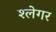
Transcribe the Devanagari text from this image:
श्लेगर